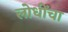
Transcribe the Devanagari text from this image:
लोधींचा